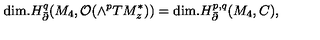
\mathrm { d i m . } H _ { \bar { \partial } } ^ { q } ( M _ { 4 } , { \cal O } ( \wedge ^ { p } T M _ { z } ^ { \ast } ) ) = \mathrm { d i m . } H _ { \bar { \partial } } ^ { p , q } ( M _ { 4 } , C ) ,